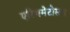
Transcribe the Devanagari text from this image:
एरिथमेटोसस